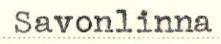
Savonlinna